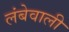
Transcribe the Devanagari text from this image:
लंबेवाली